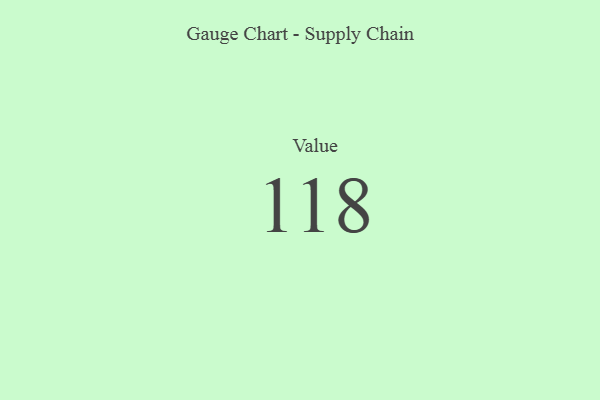
{"axis": {"x": "Metric", "y": "Value"}, "legend": [""], "data": [{"x": "Value", "y": 118, "type": ""}]}